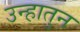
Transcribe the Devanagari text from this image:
उन्हातुन